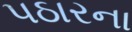
પઠારના